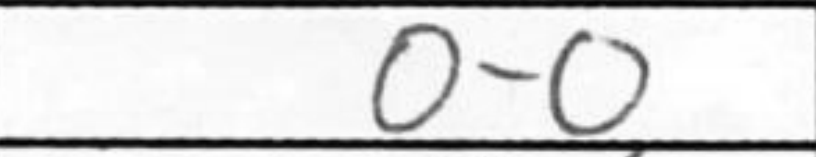
Transcription: O-O